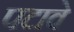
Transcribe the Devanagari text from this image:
पटावे